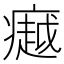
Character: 𪽸